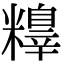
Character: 𥼺